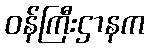
ဝန်ကြီးဌာနက